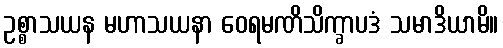
ဥစ္စာသယန မဟာသယနာ ဝေရမဏိသိက္ခာပဒံ သမာဒိယာမိ။